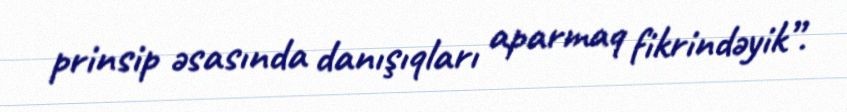
prinsip əsasında danışıqları aparmaq fikrindəyik”.